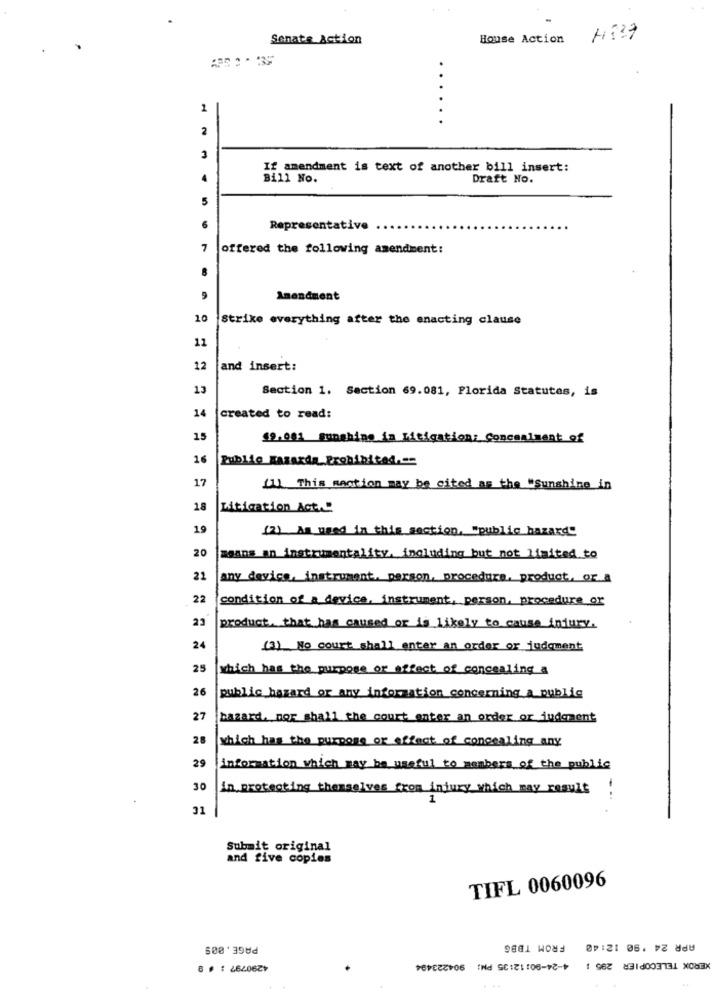
Senate Action
House Action
1
2
3
If amendment is text of another bill insert:
Bill No.
Draft No.
5
Representative
7
offered the following amendment:
9
Amendment
10
Strike everything after the enacting clause
11
12
and insert:
13
Section 1. Section 69.081, Florida Statutes, is
14
created to read:
15
19.001 sunshine is Litigation: Concealment of
16
Public Kasarda Prohibited .-
17
[]) This mantion may be cited as the "Sunshine in
28
Litigation Act.
19
(2) As used in this section, "public hazard"
20
means an instrumentality, including but not limited to
21
any device, instrument. person, procedure, product, or a
22
condition of a device, instrument, person, procedure or
23
product that has caused or is likely to cause injury.
24
(3) No court shall enter an order or judgment
25
which has the purpose or effect of concealing a
26
public hazard or any information concerning a public
27
bazard. nor shall the court enter an order or judgment
28
which has the purpose or effect of concealing any
29
information which may be useful to members of the public
30
in protecting themselves from injury which may result
31
Submit original
and five copies
TIFL 0060096
PAGE. 009
FROM TBBG
APR 24 '90 12:40
904223494
4-24-90: 12:35 PM;
XEROX TELECOPIER 295 1